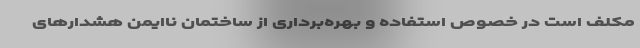
مکلف است در خصوص استفاده و بهره‌برداری از ساختمان ناایمن هشدارهای